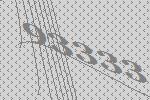
93333